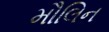
મૌલિન